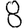
Digit: 8